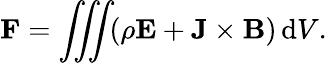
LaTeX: \mathbf{F}=\iiint\! (\rho\mathbf{E}+\mathbf{J}\times\mathbf{B})\, \mathrm{d}V.\,